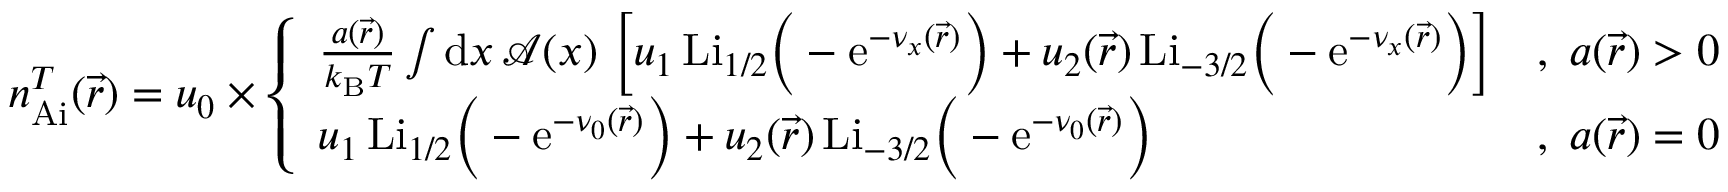
\begin{array} { r } { n _ { \mathrm { A i } } ^ { T } ( \vec { r } ) = u _ { 0 } \times \left\{ \begin{array} { l l } { \frac { a ( \vec { r } ) } { k _ { \mathrm { B } } T } \int \mathrm { d } x \, \mathcal { A } ( x ) \, \left[ u _ { 1 } \, \mathrm { L i } _ { 1 / 2 } \Big ( - \mathrm { e } ^ { - \nu _ { x } ( \vec { r } ) } \Big ) + u _ { 2 } ( \vec { r } ) \, \mathrm { L i } _ { - 3 / 2 } \Big ( - \mathrm { e } ^ { - \nu _ { x } ( \vec { r } ) } \Big ) \right] } & { , \; a ( \vec { r } ) > 0 } \\ { u _ { 1 } \, \mathrm { L i } _ { 1 / 2 } \Big ( - \mathrm { e } ^ { - \nu _ { 0 } ( \vec { r } ) } \Big ) + u _ { 2 } ( \vec { r } ) \, \mathrm { L i } _ { - 3 / 2 } \Big ( - \mathrm { e } ^ { - \nu _ { 0 } ( \vec { r } ) } \Big ) } & { , \; a ( \vec { r } ) = 0 } \end{array} \right. } \end{array}